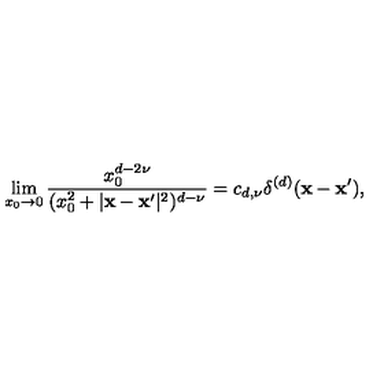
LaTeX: \lim _ { x _ { 0 } \to 0 } { \frac { x _ { 0 } ^ { d - 2 \nu } } { ( x _ { 0 } ^ { 2 } + | { \bf x } - { \bf x } ^ { \prime } | ^ { 2 } ) ^ { d - \nu } } } = c _ { d , \nu } \delta ^ { ( d ) } ( { \bf x } - { \bf x } ^ { \prime } ) ,